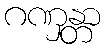
ဂဏှန္တာ